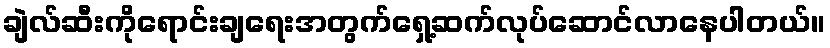
ချဲလ်ဆီးကိုရောင်းချရေးအတွက်ရှေ့ဆက်လုပ်ဆောင်လာနေပါတယ်။